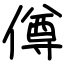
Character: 僔